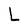
Character: L